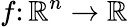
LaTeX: f\colon\mathbb{R}^{n}\to\mathbb{R}